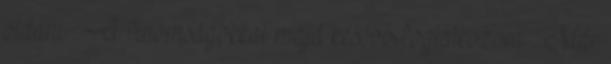
oldani. : A finomságokkal majd később foglalkozom. : Már